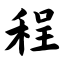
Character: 程